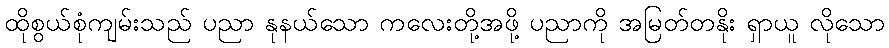
ထိုစွယ်စုံကျမ်းသည် ပညာ နုနယ်သော ကလေးတို့အဖို့ ပညာကို အမြတ်တနိုး ရှာယူ လိုသော